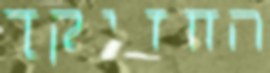
החזיקך